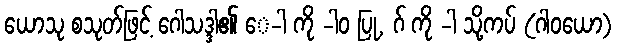
ယောသု စသုတ်ဖြင့် ဂေါသဒ္ဒါ၏ ေ-ါ ကို -ါဝ ပြု, ဂ် ကို -ါ သို့ကပ် (ဂါဝယော)